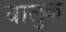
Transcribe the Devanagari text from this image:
बालुक